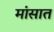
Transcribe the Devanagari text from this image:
मांसात